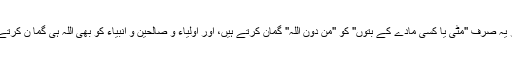
یا پھر یہ صرف ''مٹی یا کسی مادے کے بتوں'' کو ''من دون اللہ'' گمان کرتے ہیں، اور اولیاء و صالحین و انبیاء کو بھی اللہ ہی گما ن کرتے ہیں!